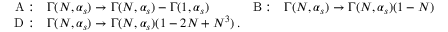
\begin{array} { c l c l } { { \mathrm { A : } } } & { { \Gamma ( N , \alpha _ { s } ) \rightarrow \Gamma ( N , \alpha _ { s } ) - \Gamma ( 1 , \alpha _ { s } ) \: \: \: \: } } & { { \mathrm { B : } } } & { { \Gamma ( N , \alpha _ { s } ) \rightarrow \Gamma ( N , \alpha _ { s } ) ( 1 - N ) } } \\ { { \mathrm { D : } } } & { { \Gamma ( N , \alpha _ { s } ) \rightarrow \Gamma ( N , \alpha _ { s } ) ( 1 - 2 N + N ^ { 3 } ) \, . } } & { { } } & { { } } \end{array}